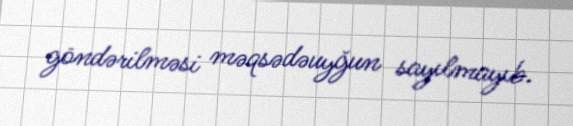
göndərilməsi məqsədəuyğun sayılmayıb.